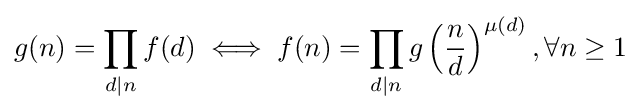
g(n)=\prod _{d|n}f(d)\iff f(n)=\prod _{d|n}g\left({\frac {n}{d}}\right)^{\mu (d)},\forall n\geq 1